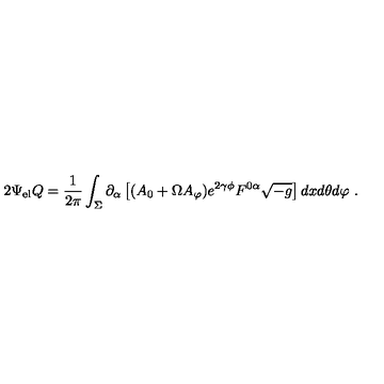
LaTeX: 2 \Psi _ { \mathrm { e l } } Q = \frac { 1 } { 2 \pi } \int _ { \Sigma } \partial _ { \alpha } \left[ ( A _ { 0 } + \Omega A _ { \varphi } ) e ^ { 2 \gamma \phi } F ^ { 0 \alpha } \sqrt { - g } \right] d x d \theta d \varphi \ .